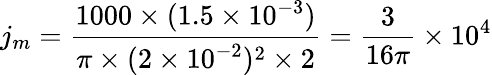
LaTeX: j_{m}={\frac{1000\times(1.5\times 10^{-3})}{\pi\times(2\times 10^{-2})^{2}\times 2}}={\frac{3}{16\pi}}\times 10^{4}